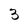
Character: 3